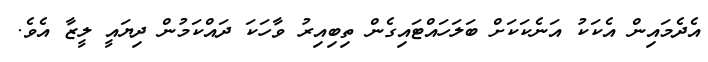
އެދެމައިން އެކަކު އަނެކަކަށް ބަލަހައްޓައިގެން ތިބިއިރު ވާހަކަ ދައްކަމުން ދިޔައީ ލީޒާ އެވެ.